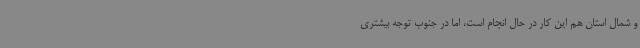
و شمال استان هم این کار در حال انجام است، اما در جنوب توجه بیشتری